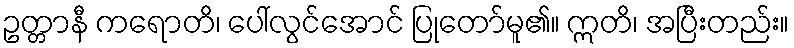
ဥတ္တာနီ ကရောတိ၊ ပေါ်လွင်အောင် ပြုတော်မူ၏။ ဣတိ၊ အပြီးတည်း။